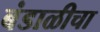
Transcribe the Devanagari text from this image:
बंडाळीचा